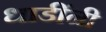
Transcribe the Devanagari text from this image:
धाडींनी